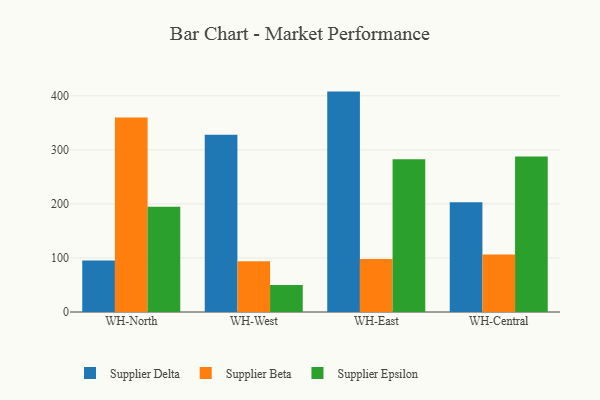
{"axis": {"x": "Warehouse", "y": "Inventory Turnover"}, "legend": ["Supplier Beta", "Supplier Delta", "Supplier Epsilon"], "data": [{"x": "WH-North", "y": 95.3, "type": "Supplier Delta"}, {"x": "WH-North", "y": 360.0, "type": "Supplier Beta"}, {"x": "WH-North", "y": 194.9, "type": "Supplier Epsilon"}, {"x": "WH-West", "y": 327.8, "type": "Supplier Delta"}, {"x": "WH-West", "y": 94.0, "type": "Supplier Beta"}, {"x": "WH-West", "y": 50.1, "type": "Supplier Epsilon"}, {"x": "WH-East", "y": 407.8, "type": "Supplier Delta"}, {"x": "WH-East", "y": 98.1, "type": "Supplier Beta"}, {"x": "WH-East", "y": 282.8, "type": "Supplier Epsilon"}, {"x": "WH-Central", "y": 203.1, "type": "Supplier Delta"}, {"x": "WH-Central", "y": 106.4, "type": "Supplier Beta"}, {"x": "WH-Central", "y": 287.8, "type": "Supplier Epsilon"}]}